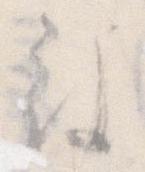
被